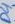
Text: D4